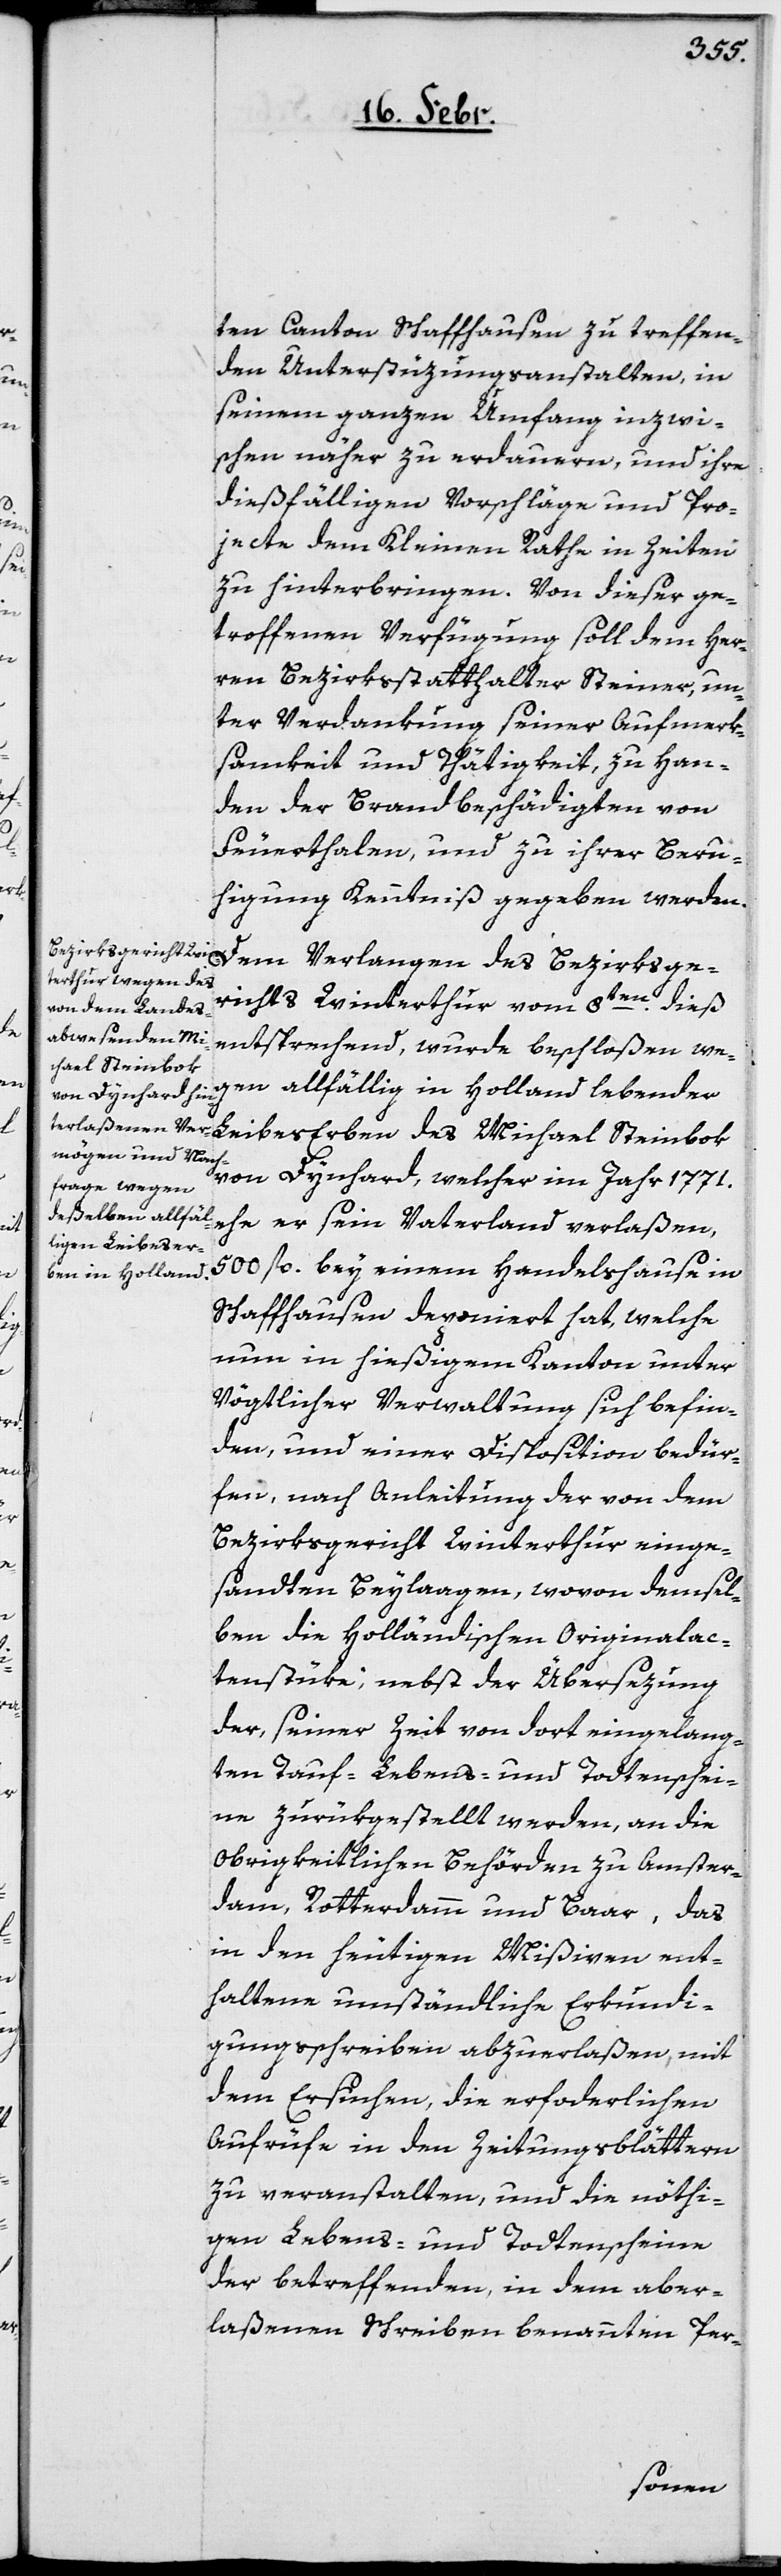
n.

ten Canton Schaffhausen zu treffen¬
den Unterstützungsanstalten, in
seinem ganzen Umfang inzwi¬
schen näher zu erdauern, und ihre
dießfälligen Vorschläge und Pro¬
jecte dem Kleinen Rathe in Zeiten
zu hinterbringen. Von dieser ge¬
troffenen Verfügung soll dem Her¬
ren Bezirksstatthalter Steiner, un¬
ter Verdankung seiner Aufmerk¬
samkeit und Thätigkeit, zu Han¬
den der Brandbeschädigten von
Feuerthalen, und zu ihrer Beru¬
higung Kenntniß gegeben werden.
entsprechend, wurde beschloßen, we¬
Michael Steinbok
gen allfällig in Holland lebender
von Dynhard, welcher im Jahr 1771.
ehe er sein Vaterland verlaßen,
500 fl. bey einem Handelshause in
Schaffhausen deponiert hat, welche
nun in hießigem Kanton unter
Vögtlicher Verwaltung sich befin¬
den, und einer Disposition bedür¬
fen, nach Anleitung der von dem
Bezirksgericht Winterthur einge¬
sandten Beylaagen, wovon demsel¬
ben die Holländischen Originalac¬
tenstüke, nebst der Übersezung
der, seiner Zeit von dort eingelang¬
ten Tauf-, Lebens- und Todtenschei¬
nen zurükgestellt werden, an die
obrigkeitlichen Behörden zu Amster¬
dam, Rotterdamm und Baar, das
in den heutigen Mißiven ent¬
haltene umständliche Erkundi¬
gungsschreiben abzuerlaßen, mit
dem Ersuchen, die erforderlichen
Aufrüfe in den Zeitungsblättern
zu veranstalten, und die nöthi¬
gen Lebens- und Todtenscheine
der betreffenden, in dem aber¬
laßenen Schreiben benannten Per-